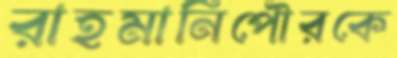
রাহমানিপৌরকে